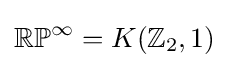
\mathbb {RP} ^{\infty }=K(\mathbb {Z} _{2},1)